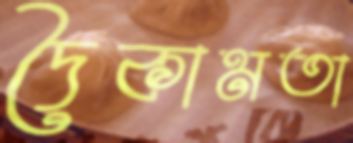
দৈকামতা